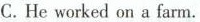
C. He worked on a farm.